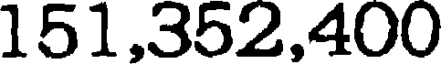
151,352,400